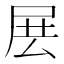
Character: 𡱗